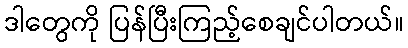
ဒါတွေကို ပြန်ပြီးကြည့်စေချင်ပါတယ်။